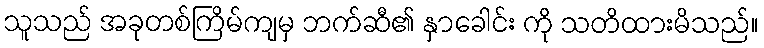
သူသည် အခုတစ်ကြိမ်ကျမှ ဘက်ဆီ၏ နှာခေါင်း ကို သတိထားမိသည်။